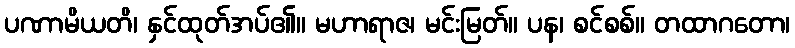
ပဏာမိယတိ၊ နှင်ထုတ်အပ်၏။ မဟာရာဇ၊ မင်းမြတ်။ ပန၊ စင်စစ်။ တထာဂတော၊